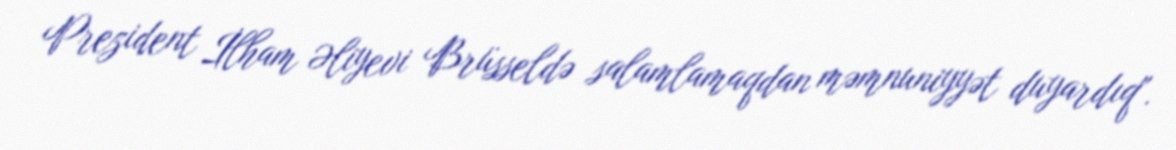
Prezident İlham Əliyevi Brüsseldə salamlamaqdan məmnuniyyət duyardıq".